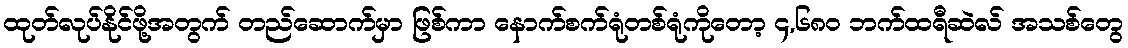
ထုတ်လုပ်နိုင်ဖို့အတွက် တည်ဆောက်မှာ ဖြစ်ကာ နောက်စက်ရုံတစ်ရုံကိုတော့ ၄,၆၈၀ ဘက်ထရီဆဲလ် အသစ်တွေ